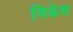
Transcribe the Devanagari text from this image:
विढेश